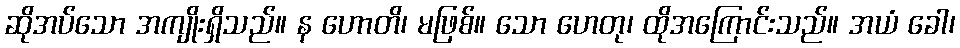
ဆိုအပ်သော အကျိုးရှိသည်။ န ဟောတိ၊ မဖြစ်။ သော ဟေတု၊ ထိုအကြောင်းသည်။ အယံ ခေါ၊